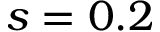
s = 0 . 2